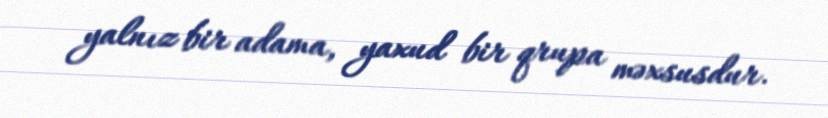
yalnız bir adama, yaxud bir qrupa məxsusdur.